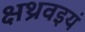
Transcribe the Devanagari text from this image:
क्षथ्रवइयं